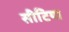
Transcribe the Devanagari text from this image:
सीटियाॅ